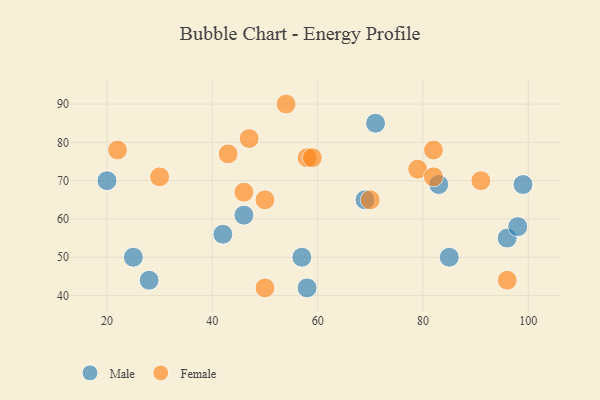
{"axis": {"x": "GDP", "y": "Life Expectancy"}, "legend": ["Female", "Male"], "data": [{"x": "96", "y": 55, "type": "Male"}, {"x": "83", "y": 69, "type": "Male"}, {"x": "69", "y": 65, "type": "Male"}, {"x": "46", "y": 61, "type": "Male"}, {"x": "98", "y": 58, "type": "Male"}, {"x": "85", "y": 50, "type": "Male"}, {"x": "28", "y": 44, "type": "Male"}, {"x": "20", "y": 70, "type": "Male"}, {"x": "99", "y": 69, "type": "Male"}, {"x": "57", "y": 50, "type": "Male"}, {"x": "25", "y": 50, "type": "Male"}, {"x": "58", "y": 42, "type": "Male"}, {"x": "42", "y": 56, "type": "Male"}, {"x": "71", "y": 85, "type": "Male"}, {"x": "96", "y": 44, "type": "Female"}, {"x": "82", "y": 78, "type": "Female"}, {"x": "50", "y": 65, "type": "Female"}, {"x": "58", "y": 76, "type": "Female"}, {"x": "22", "y": 78, "type": "Female"}, {"x": "79", "y": 73, "type": "Female"}, {"x": "82", "y": 71, "type": "Female"}, {"x": "43", "y": 77, "type": "Female"}, {"x": "91", "y": 70, "type": "Female"}, {"x": "59", "y": 76, "type": "Female"}, {"x": "47", "y": 81, "type": "Female"}, {"x": "30", "y": 71, "type": "Female"}, {"x": "54", "y": 90, "type": "Female"}, {"x": "46", "y": 67, "type": "Female"}, {"x": "70", "y": 65, "type": "Female"}, {"x": "50", "y": 42, "type": "Female"}]}